Vaccination in Burma 1900-1911 - 1900-1911
Year: 1900
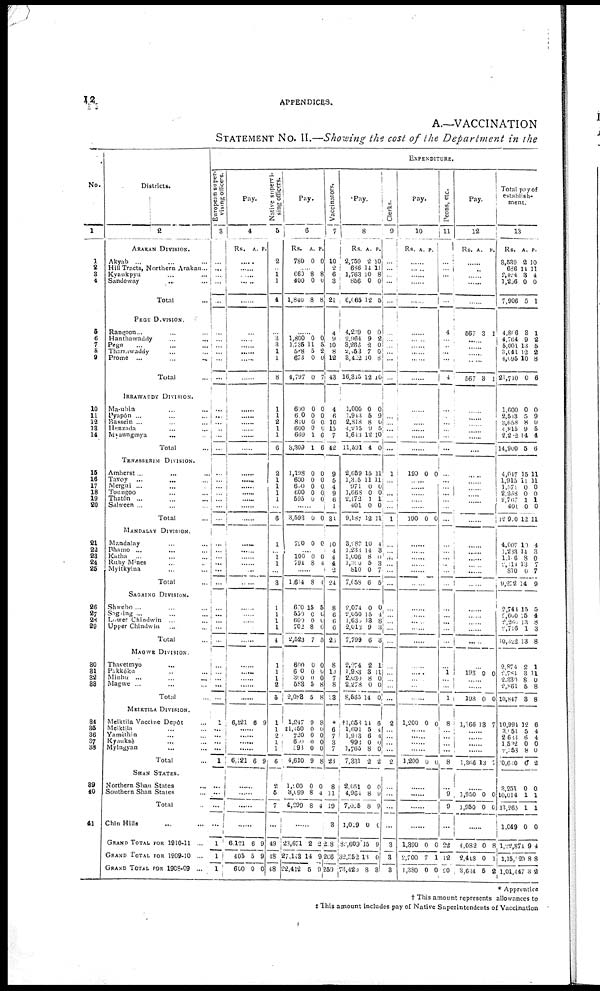
12
APPENDICES.
A.—VACCINATION
STATEMENT No. II.—Showing the cost of the Department in the
No.
1
1
2
3
4
5
6
7 8
9
10
11
12
13
14
15
16
17
18
19
20
21
22
23
24
25
26
27
28
29
30
31
32
33
34
35
36
37
38
39
40
41
Districts.
2
ARAKAN DIVISION.
Akyab ... ... ...
Hill Tracts, Northern Arakan ...
Kyaukpyu ... ...
Sandoway ... ...
Total ...
PEGU DIVISION.
Rangoon ... ... ...
Hanthawaddy ... ...
Pegu ... ... ...
Tharrawaddy ... ...
Prome
...
...
...
Total ...
IRRAWADDY DIVISION.
Ma-ubin ... ...
Pyapôn ... ... ...
Bassein ... ... ...
Henzada ... ...
Myaungmya ... ...
Total ...
TENASSERIM DIVISION.
Amherst ... ... ...
Tavoy ... ... ...
Mergui ... ... ...
Toungoo ... ...
Thatôn ... ... ...
Salween ... ... ...
Total ...
MANDALAY DIVISION.
Mandalay ... ...
Bhamo ... ... ...
Katha
... ... ...
Ruby Mines ... ...
Myitkyina ... ...
Total ...
SAGAING DIVISION.
Shwebo ... ... ...
Sagaing ... ... ...
Lower Chindwin
... ...
Upper Chindwin ... ...
Total ...
MAGWE DIVISION.
Thavetmyo ... ...
Pakkôku ... ...
Minbu
... ... ...
Magwe ... ... ...
Total ...
MEIKTILA DIVISION.
Meiktila Vaccine Depôt ...
Meiktila ... ...
Yamèthin ... ...
Kyauksè ... ...
Myingyan ... ...
Total ...
SHAN STATES.
Northern Shan States
...
Southern Shan States ...
Total ...
Chin Hills ... ...
GRAND TOTAL FOR 1910-11 ...
GRAND TOTAL FOR 1909-10
...
GRAND TOTAL FOR 1908-09
...
EXPENDITURE.
European super-
vising officers.
3
...
...
...
...
...
...
...
... ...
...
...
...
...
...
...
...
...
...
...
...
...
...
...
...
...
...
...
...
...
...
...
...
...
...
...
...
...
...
...
...
1
...
...
...
...
1
...
...
...
...
1
1
1
Pay.
4
Rs.
A. P.
......
......
......
......
......
......
......
...... ......
......
......
......
......
......
......
......
......
......
......
......
......
......
......
......
...... ......
......
......
......
......
......
......
......
......
......
......
......
6,121 6 9
......
......
......
.
6,121 6 9
.
.
......
......
6,121
405
600
6
5
0
9
9
0
Native supervi-
sing officers.
5
2
... 1
1
4
...
3
3
1
1
8
1
1
2
1
1
6
2
1
1
1
1
...
6
...
...
1
1
...
3
1
1
1
1
4
1
1
1
2
5
1
1
2
1
1
6
2
5
7
...
49
48
48
Pay.
6
Rs.
780
A.
0
P.
0
...... 660
400
1,840
8
0
8
8
0
8
......
1,800
1,735
588
673
4,797
0
11
5
0
0
0 5
2
0
7
600
610
810
600
669
3,309
0
0
0
0
1
1
0
0
0
0
6
6
1,198
600
600
600
595
0
0
0
0 0
0
0
0
0
0
......
3,593 0 0
720
0 0
...... 100
794
0
8
0
4
......
1,614 8 4
670
550
600
702
2,523
15
0
0
8
7
5
0
0
0
5
600
600
300
583
2,083
0
0
0
5
5
0
0
0
8
8
1,247
‡1,450
720
600 593
4,610
9
0
0
0
0
9
8
0
0
0 0
8
1,200
3,099
4,299
0
8
8
0
4
4
......
23,671
27,143
22,412
2
14
5
2
9
9
Vaccinators.
7
10
2
6
3
21
4
9
10
8
12
43
4
6
10
15
7
42
9
5
4
9
6
1
31
10
4
4
4
2
24
8
6
6
6
26
8
10
7
8
33
*
6
7
3
7
23
8
11
19
3
238
266
259
Pay.
8
Rs.
2,759
686
1,763
856
6,065
A.
2
14
10
0
12
P.
10
11
8
0
5
4,239
2,964
3,266
2,453
3,422
16,315
0
9
2
7
10
12
0
2
0
0
8
10
1,000
1,943
2,818
4,215
1,613
11,591
0
5
8
9
12
4
0
9
0
5
10
0
2,659
1,315
971
1,668
2,172
401
9,187
15
11
0
0 1
0
12
11
11
0
0
1
0
11
3,287
1,233
1,006
1,310
810
7,058
10
14
8
5
0
6
4
3
0
3
7
5
2,074
2,050
1,630
2,013
7,799
0
15
13
9
6
0
4
8
3
3
2,274
1,983
2,030
2,278
8,565
2
3
8
0
14
1
11
0
0
0
†l,058
1,601
1,913
992
1,765
7,331
14
5
6
0
8
2
6
4
4
0
0
2
2,051
4,964
7,015
1,019
82,609
32,352
73,420
0
8
8
0
15
13
8
0
9
9
0
9
0
3
Clerks.
9
...
...
...
...
...
...
...
... ...
...
...
...
...
...
...
...
...
1
...
...
...
...
...
1
...
...
...
...
...
...
...
...
...
...
...
...
...
...
...
...
2
...
...
...
...
2
...
...
...
...
3
3
3
Pay.
10
Rs. A. P.
......
......
......
...... ......
......
......
.....
190 0 0
......
......
190 0 0
......
......
......
......
......
1,200 0 0
.
1,200 0 0
.
1,390
2,700
1,380
0
7
0
0
1
0
Peons, etc.
11
...
...
...
...
...
4
...
... ...
...
4
...
...
...
...
...
...
...
...
...
...
...
...
...
...
...
...
...
...
...
...
...
...
...
...
...
1
...
...
1
8
...
...
...
...
8
...
9
9
...
22
12
20
Pay.
12
Rs. A. P.
......
......
......
......
......
567
3 1
......
...... ......
......
567 3 1
......
......
......
......
......
......
......
......
......
......
......
......
......
......
......
......
......
......
......
......
......
......
......
198
0 0
......
198
0
0
1,366 18
7
......
......
.
......
1,366 13 7
......
1,950
1,950
0
0
0
0
......
4,082
2,4l8
3,634
0
0
5
8
1
2
Total pay of
establish-
ment.
13
Rs.
3,539
686
2,424
1,256
7,906
A.
2
14
3
0
5
P.
10
11
4
0
1
4,806
4,764
5,001
3,041
4,095
21,710
3
9
13
12
10
0
1
2
5
2
8
6
1,600
2,513
3,658
4,815
2,282
14,900
0
5
8
9
14
5
0
9
0 5
4
6
4,047
1,915
l,571
2,268
2,767
401
12,910
15
11
0
0
1
0
12
11
11
0
0
1
0
11
4,007
1,233
1,116
2,114
810
9,272
10
14
8
13
0
14
4
3
0
7
7
9
2,744
2,600
2,266
2,716
10,322
15
15
13
1
13
5
4
8
3
8
2,874
2,781
2,330
2,861
10,847
2
3
8
5
3
1
11
0
8
8
10,994
3,051
2,688
1,502
2,358
20,660
12
5
6
0
8
0
6
4
4
0
0
2
3,251
10,014
13,265
1,049
1,22,874
1,15,020
1,01,447
0
1
1
0
9
8
3
0
1
1
0
4
8
2
* Apprentice
† This amount represents allowances to
‡ This amount includes pay of Native Superintendents of Vaccination